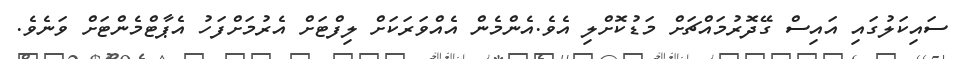
ސައިކަލުގައި އައިސް ގޭދޮރުމައްޗަަށް މަޑުކޮށްލި އެވެ.އެންމެން އެއްވަރަކަށް ލިފްޓަށް އެރުމަށްފަހު އެޕާޓްމެންޓަށް ވަނެވެ.